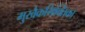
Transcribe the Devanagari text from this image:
मुखैकभिक्तिका